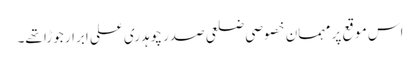
اس موقع پر مہمان خصوصی ضلعی صدر چوہدری علی ابرار جوڑا تھے۔